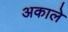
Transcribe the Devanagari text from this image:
अकाले